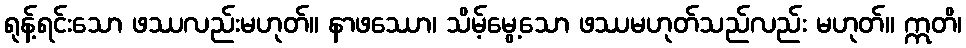
ရုန့်ရင်းသော ဖဿလည်းမဟုတ်။ နာဖဿော၊ သိမ့်မွေ့သော ဖဿမဟုတ်သည်လည်း မဟုတ်။ ဣတိ၊